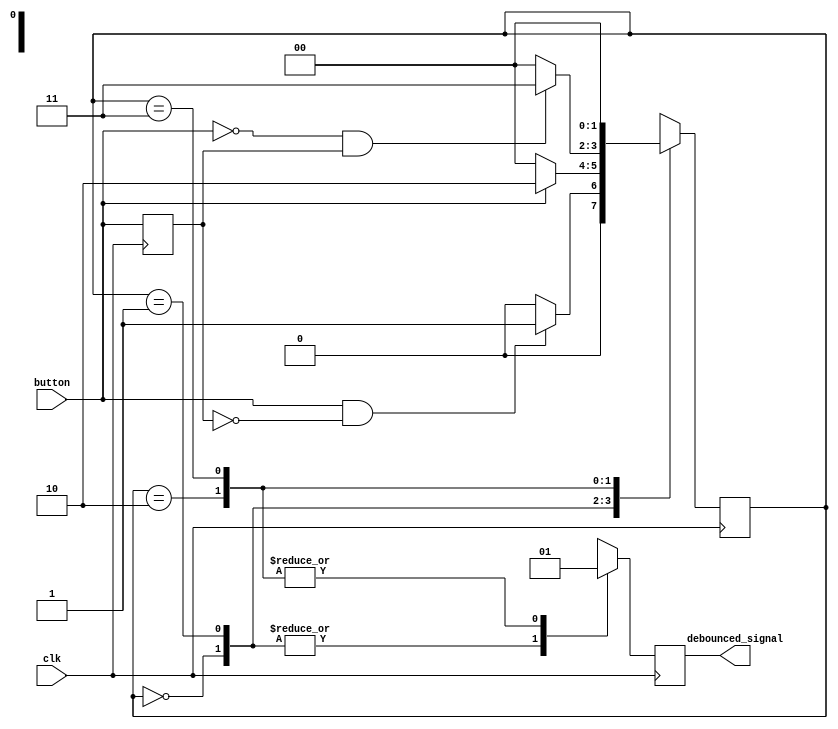
module debounce_circuit (
    input wire clk,
    input wire button,
    output reg debounced_signal
);

reg [1:0] state;
reg last_button;

always @ (posedge clk) begin
    case (state)
        2'b00: if (button && !last_button) begin
                    state <= 2'b01;
                end else begin
                    state <= 2'b00;
                end
        2'b01: if (button) begin
                    state <= 2'b10;
                end else begin
                    state <= 2'b00;
                end
        2'b10: if (!button && last_button) begin
                    state <= 2'b11;
                end else begin
                    state <= 2'b00;
                end
        2'b11: if (!button) begin
                    state <= 2'b00;
                end else begin
                    state <= 2'b00;
                end
        default: state <= 2'b00;
    endcase
end

always @ (posedge clk) begin
    case (state)
        2'b00: debounced_signal <= 1'b0;
        2'b01: debounced_signal <= 1'b0;
        2'b10: debounced_signal <= 1'b1;
        2'b11: debounced_signal <= 1'b1;
        default: debounced_signal <= 1'b0;
    endcase
end

always @ (posedge clk) begin
    last_button <= button;
end

endmodule